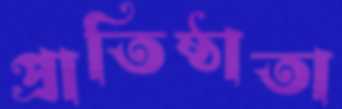
প্রাতিষ্ঠাতা